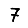
Digit: 7